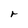
Character: r